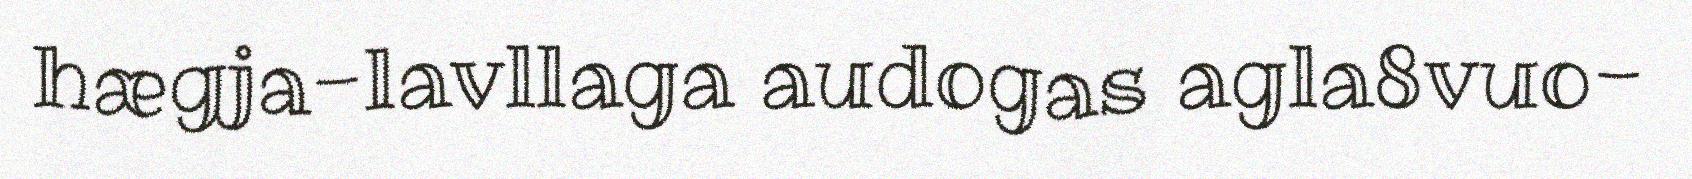
hægja-lavllaga audogas agla8vuo-